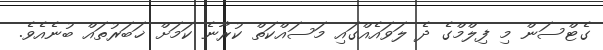
ގެޓްސަން މި ފިލްމްގެ ދެ ލަވައެއްގައި މަސައްކަތް ކުރާނެ ކަމަށް ޚަބަރުތައް ބުނެއެވެ.